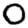
Digit: 0